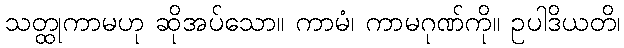
သတ္ထုကာမဟု ဆိုအပ်သော။ ကာမံ၊ ကာမဂုဏ်ကို။ ဥပါဒိယတိ၊